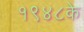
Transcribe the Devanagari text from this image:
१९४८के